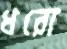
ধরো